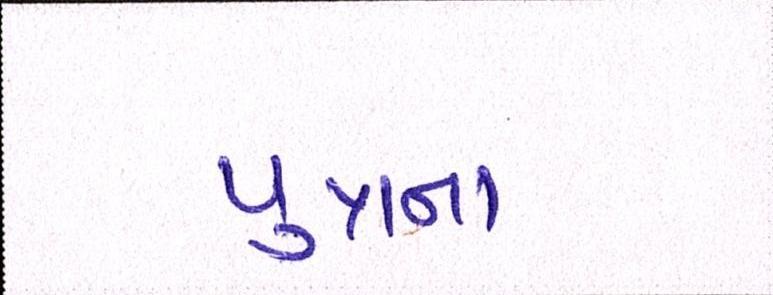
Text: પુત્રના